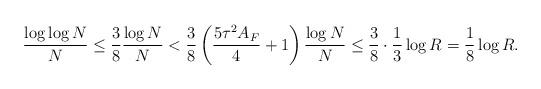
LaTeX: \begin{align*}\frac{\log{\log{N}}}{N}\le\frac{3}{8}\frac{\log{N}}{N}<\frac{3}{8}\left(\frac{5\tau^2 A_F}{4}+1\right)\frac{\log{N}}{N}\le \frac{3}{8}\cdot\frac{1}{3}\log{R}=\frac{1}{8}\log{R}.\end{align*}